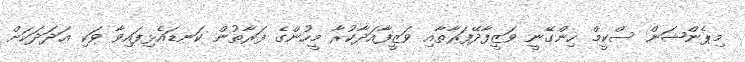
މިޕެންޝަން ސްކީމް ހިންގޭނީ ވަޒީފާދޭފަރާތާއި ވަޒީފާއަދާކުރާ މީހުންގެ ފަރާތުން ކަނޑައެޅިފައިވާ ވަކި ޢަދަދަކަށް